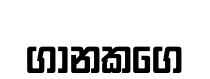
ගානකගෙ